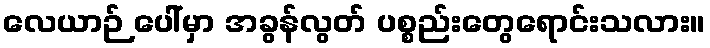
လေယာဉ် ပေါ်မှာ အခွန်လွတ် ပစ္စည်းတွေရောင်းသလား။